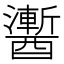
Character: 䤔